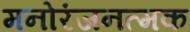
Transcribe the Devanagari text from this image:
मनोरंजनत्मक